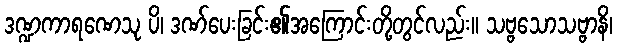
ဒဏ္ဍကာရဏေသု ပိ၊ ဒဏ်ပေးခြင်း၏အကြောင်းတို့တွင်လည်း။ သဗ္ဗသောသဗ္ဗာနိ၊